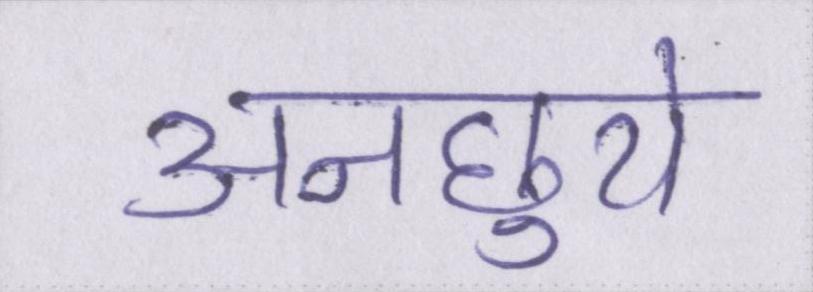
अनछुये